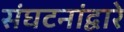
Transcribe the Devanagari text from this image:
संघटनांद्वारे